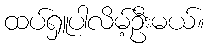
ထပ်ရှူပါလိမ့်ဦးမယ်။